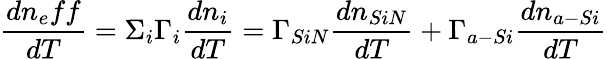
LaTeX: \frac{dn_{e}ff}{dT}=\Sigma_{i}\Gamma_{i}\frac{dn_{i}}{dT}=\Gamma_{SiN}\frac{dn_{SiN}}{dT}+\Gamma_{a-Si}\frac{dn_{a-Si}}{dT}